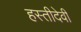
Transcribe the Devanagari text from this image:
हस्तीदेवी